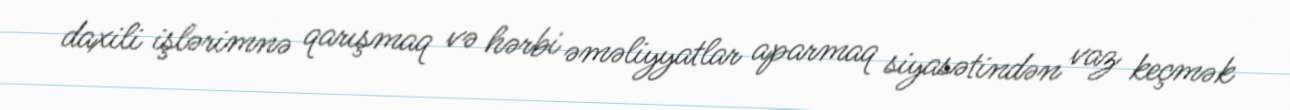
daxili işlərimnə qarışmaq və hərbi əməliyyatlar aparmaq siyasətindən vaz keçmək